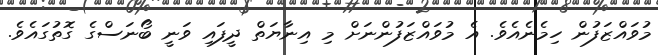
މުވައްޒަފުން ހިމެނެއެވެ. އެ މުވައްޒަފުންނަަށް މި އިނާޔަތް ދީފައި ވަނީ ބޯނަސްގެ ގޮތުގައެވެ.